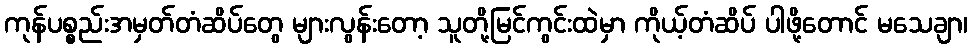
ကုန်ပစ္စည်းအမှတ်တံဆိပ်တွေ များလွန်းတော့ သူတို့မြင်ကွင်းထဲမှာ ကိုယ့်တံဆိပ် ပါဖို့တောင် မသေချာ၊